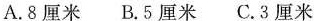
A.8厘米 B.5厘米 C.3厘米